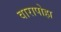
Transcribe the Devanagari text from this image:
वारापोहा